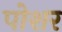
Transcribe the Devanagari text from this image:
पोशर